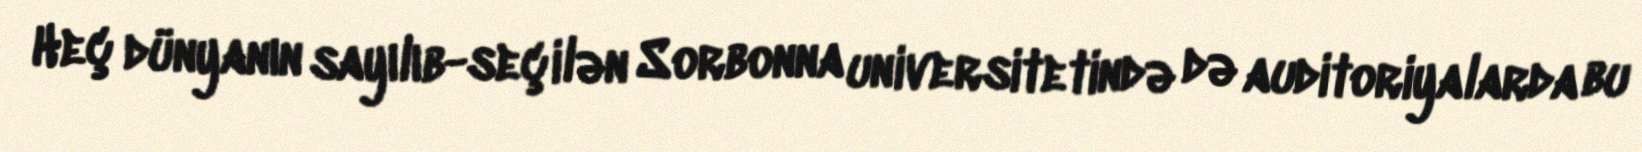
Heç dünyanın sayılıb-seçilən Sorbonna universitetində də auditoriyalarda bu